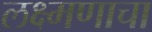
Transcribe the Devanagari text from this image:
लक्ष्मणाचा